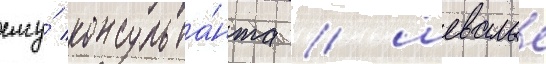
ему́ консульта́нта / шевалье